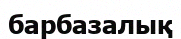
барбазалық